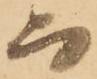
而